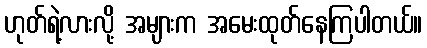
ဟုတ်ရဲ့လားလို့ အများက အမေးထုတ်နေကြပါတယ်။